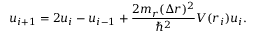
u _ { i + 1 } = 2 u _ { i } - u _ { i - 1 } + \frac { 2 m _ { r } ( \Delta r ) ^ { 2 } } { \hbar ^ { 2 } } V ( r _ { i } ) u _ { i } .